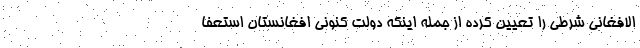
الافغانی شرطی را تعیین کرده از جمله اینکه دولت کنونی افغانستان استعفا